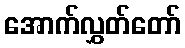
အောက်လွှတ်တော်